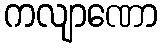
ကလျာဏော